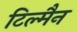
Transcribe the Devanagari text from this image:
टिल्मैन